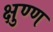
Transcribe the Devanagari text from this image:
क्षुण्ण